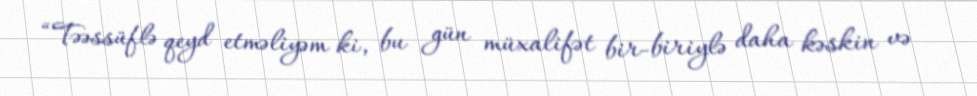
“Təəssüflə qeyd etməliyəm ki, bu gün müxalifət bir-biriylə daha kəskin və